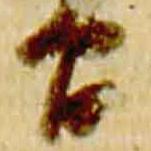
間